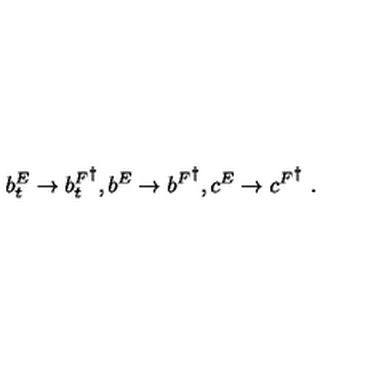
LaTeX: b _ { t } ^ { E } \rightarrow { b _ { t } ^ { F } } ^ { \dagger } , b ^ { E } \rightarrow { b ^ { F } } ^ { \dagger } , c ^ { E } \rightarrow { c ^ { F } } ^ { \dagger } \ .